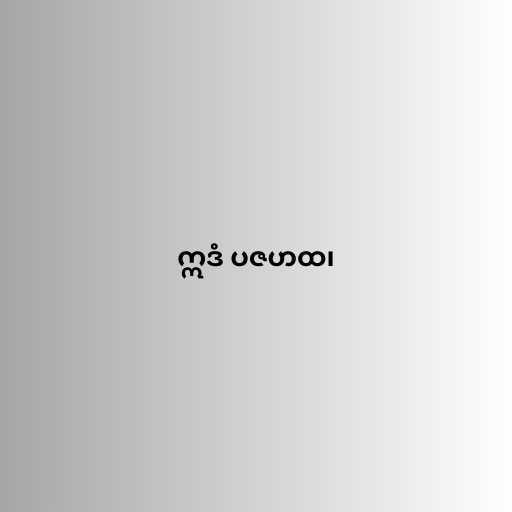
ဣဒံ ပဇဟထ၊